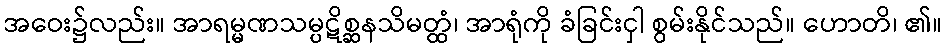
အဝေး၌လည်း။ အာရမ္မဏသမ္ပဋိစ္ဆနသိမတ္ထံ၊ အာရုံကို ခံခြင်းငှါ စွမ်းနိုင်သည်။ ဟောတိ၊ ၏။